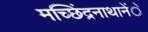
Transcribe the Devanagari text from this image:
मच्छिंद्रनाथानेेंे